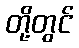
တို့တွင်